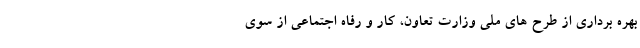
بهره برداری از طرح های ملی وزارت تعاون، کار و رفاه اجتماعی از سوی